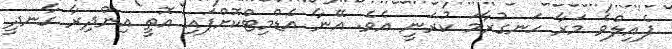
ފެއިލްވެ މަރާ ހަނގުރާމަ ކުރަނީ އެވެ. އޭނާ އެޑްމިޓްކޮށްފައި އޮތީ އިންދިރާ ގާނދީ